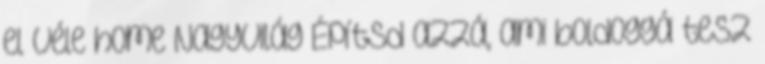
el véle home Nagyvilág Építsd azzá, ami boldoggá tesz